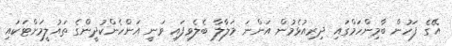
އޭގެ ފަހުން ބާމިންހަމްގައި ދިރިއުޅެމުން އަންނަ މަލާލާ ބެލެވިފައި ވަނީ އަންހެންކުދީންގެ ތައުލީމަށްޓަކައި